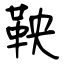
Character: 鞅